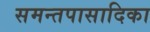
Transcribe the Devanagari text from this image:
समन्तपासादिका